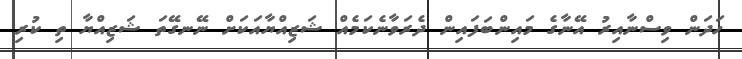
ހަދަން ވިސްނާއިރު އޭނާގެ މައިންބަފައިން ދެރަވާނެކަމެއް ޝަޒިއްޔާއަކަށް ނޭނގޭތަ ޝަޒިއްޔާ ތި ކުރި